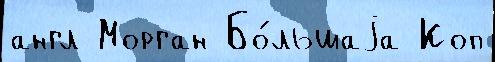
англ Морган Бо́льшаjа Коп